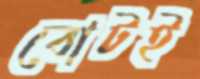
বোটই